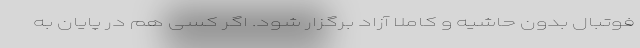
فوتبال بدون حاشیه و کاملاً آزاد برگزار شود. اگر کسی هم در پایان به